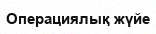
Операциялық жүйе